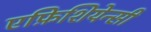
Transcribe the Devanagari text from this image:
एफ़िशियेन्सी